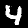
Label: 4